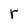
Character: r